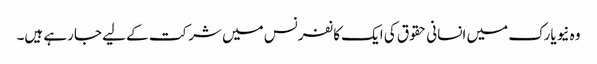
وہ نیویارک میں انسانی حقوق کی ایک کانفرنس میں شرکت کے لیے جارہے ہیں۔